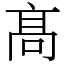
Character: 髙